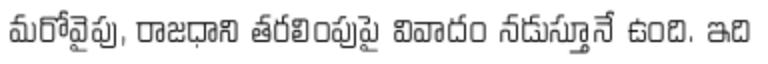
మరోవైపు, రాజధాని తరలింపుపై వివాదం నడుస్తూనే ఉంది. ఇది